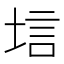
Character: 𫭷